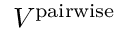
V ^ { \mathrm { p a i r w i s e } }